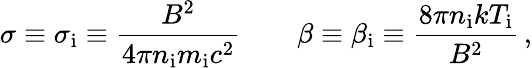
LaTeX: \sigma\equiv\sigma_{\mathrm{i}}\equiv\frac{B^{2}}{4\pi n_{\mathrm{i}}m_{\mathrm{i}}c^{2}}\qquad\beta\equiv\beta_{\mathrm{i}}\equiv\frac{8\pi n_{\mathrm{i}}kT_{\mathrm{i}}}{B^{2}}\, ,